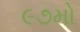
૯૭મો